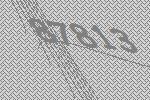
87813